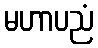
မဟာပညံ